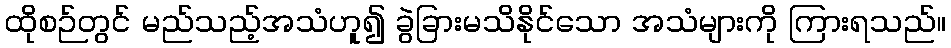
ထိုစဉ်တွင် မည်သည့်အသံဟူ၍ ခွဲခြားမသိနိုင်သော အသံများကို ကြားရသည်။